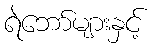
ရဲဘော်များနှင့်